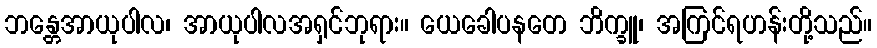
ဘန္တေအာယုပါလ၊ အာယုပါလအရှင်ဘုရား။ ယေခေါပနတေ ဘိက္ခူ၊ အကြင်ရဟန်းတို့သည်။